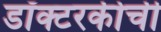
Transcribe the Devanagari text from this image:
डॉक्टरकीची